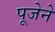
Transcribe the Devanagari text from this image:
पूजेने